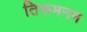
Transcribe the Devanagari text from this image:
तिरूमनम